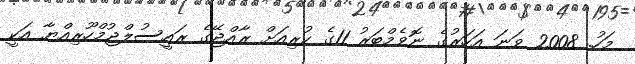
މަހު. 2008 ވަނަ އަހަރުގެ ނޮވެމްބަރު 11ގެ ކުރިއަށް ރާއްޖޭގެ ރައީސުލްޖުމްހޫރިއްޔާ އަކީ